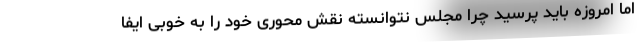
اما امروزه باید پرسید چرا مجلس نتوانسته نقش محوری خود را به خوبی ایفا